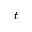
t